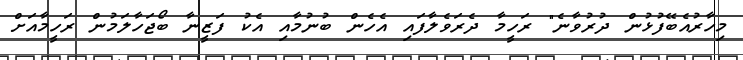
މިހާރުއެބޭފުޅުން ދުރުވާނެ" ރަހީމާ ދެރަވެލާފައި އެހެން ބުނުމާއި އެކު ފަޒީނާ ބޯޖަހާލަމުން ރަހީމާއަށް